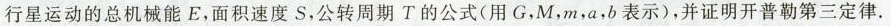
行星运动的总机械能 E，面积速度 S，公转周期 T 的公式( 用 G，M，m，a，b 表示 )，并证明开普勒第三定律.